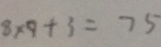
8 \times 9 + 3 = 7 5